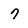
Character: 7